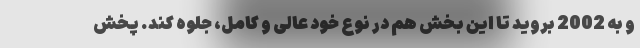
و به 2002 بروید تا این بخش هم در نوع خود عالی و کامل، جلوه کند. پخش